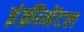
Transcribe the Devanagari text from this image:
इंक्रीमेंटल